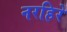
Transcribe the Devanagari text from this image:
नरहिरे